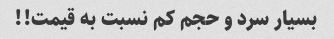
بسیار سرد و حجم کم نسبت به قیمت!!